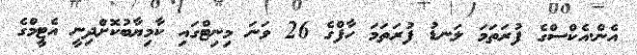
އެން.އެކްސްގެ ފުރަތަމަ ލަނޑު ފުރަތަމަ ހާފްގެ 26 ވަނަ މިނިޓްގައި ކާމިޔާބުކޮށްދިނީ އެޓީމްގެ